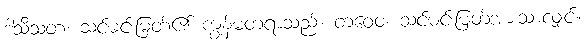
ဒါသီသတံ၊ သင်မင်းမြတ်၏ ကျွန်မတရာသည်။ တဝေဝ၊ သင်မင်းမြတ်အားသာလျှင်။